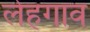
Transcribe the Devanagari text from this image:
लेहगाव